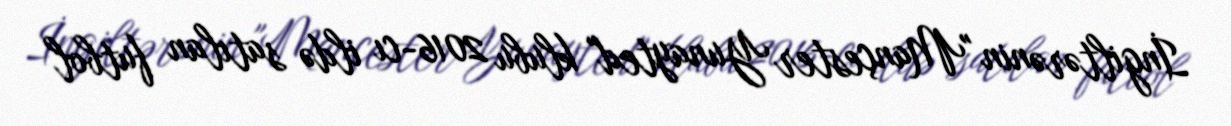
İngiltərənin "Mançester Yunayted" klubu 2016-cı ildə satılan futbol